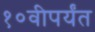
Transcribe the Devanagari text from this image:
१०वीपर्यंत